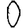
Digit: 0